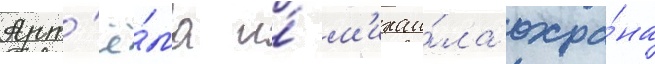
Арт'ё́ма и́ м'ихаи́ла охра́на